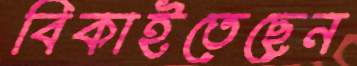
বিকাইতেছেন